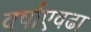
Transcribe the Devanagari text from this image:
वर्षाएवढा